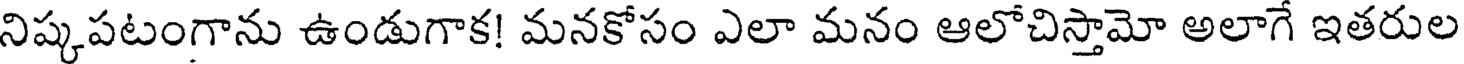
నిష్కపటంగాను ఉండుగాక! మనకోసం ఎలా మనం ఆలోచిస్తామో అలాగే ఇతరుల